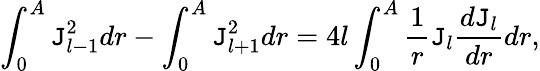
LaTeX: \int_{0}^{A}\mathtt{J}_{l-1}^{2}dr-\int_{0}^{A}\mathtt{J}_{l+1}^{2}dr=4l\int_{0}^{A}\frac{{1}}{{r}}\mathtt{J}_{l}\frac{{d\mathtt{J}_{l}}}{{dr}}dr,